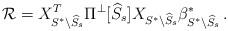
LaTeX: \begin{align*}{\cal R} = X_{S^* \backslash \widehat{S}_s}^T \Pi^{\perp}[\widehat{S}_s] X_{S^* \backslash \widehat{S}_s} \beta^*_{S^* \backslash \widehat{S}_s} \,. \end{align*}